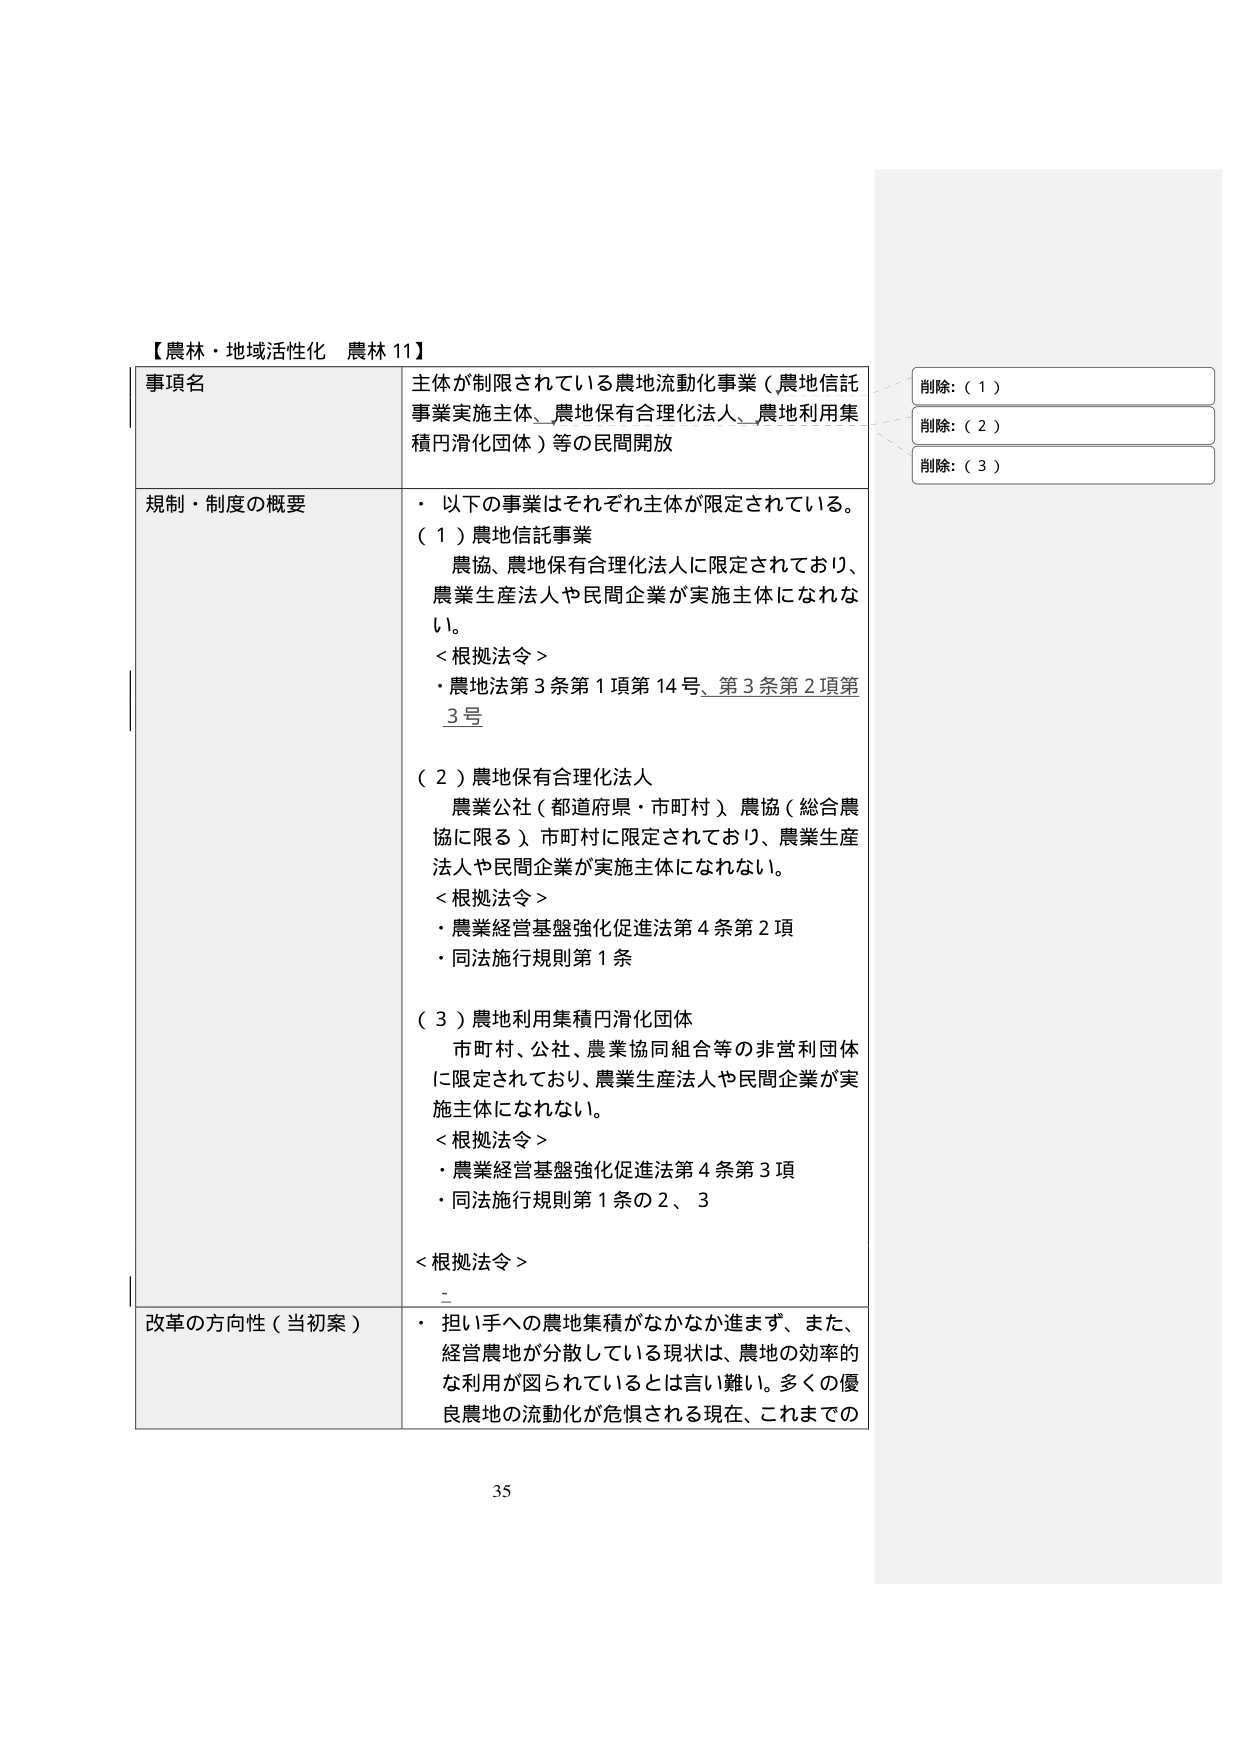
【農林・地域活性化 農林 11】

事項名
主体が制限されている農地流動化事業（農地信託事業実施主体、農地保有合理化法人、農地利用集積円滑化団体）等の民間開放

規制・制度の概要
・以下の事業はそれぞれ主体が限定されている。
（１）農地信託事業
　農協、農地保有合理化法人に限定されており、
　農業生産法人や民間企業が実施主体になれない。
＜根拠法令＞
・農地法第３条第１項第14号、第３条第２項第3号

（２）農地保有合理化法人
　農業公社（都道府県・市町村）、農協（総合農協に限る）、市町村に限定されており、農業生産法人や民間企業が実施主体になれない。
＜根拠法令＞
・農業経営基盤強化促進法第４条第２項
・同法施行規則第１条

（３）農地利用集積円滑化団体
　市町村、公社、農業協同組合等の非営利団体に限定されており、農業生産法人や民間企業が実施主体になれない。
＜根拠法令＞
・農業経営基盤強化促進法第４条第３項
・同法施行規則第１条の２、３

＜根拠法令＞
＿

改革の方向性（当初案）
・担い手への農地集積がなかなか進まず、また、
　経営農地が分散している現状は、農地の効率的な利用が図られているとは言い難い。多くの優良農地の流動化が危惧される現在、これまでの

削除：（１）
削除：（２）
削除：（３）

35